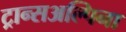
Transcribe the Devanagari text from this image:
ट्रान्सअल्पिना